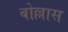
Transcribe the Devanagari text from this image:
बोल्लास